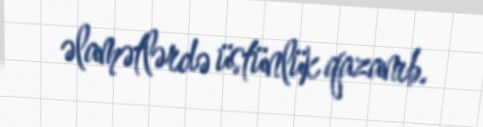
əlamətlərdə üstünlük qazanıb.